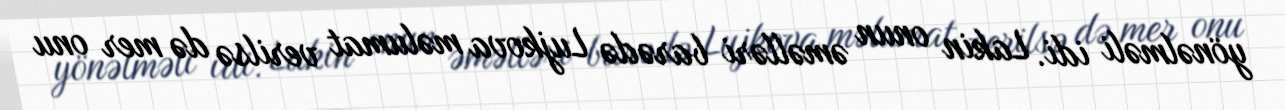
yönəlməli idi. Lakin onun əməlləri barədə Lujkova məlumat verilsə də mer onu